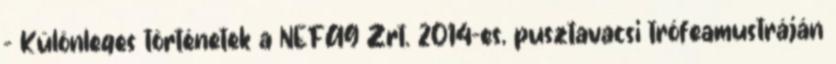
– Különleges történetek a NEFAG Zrt. 2014-es, pusztavacsi trófeamustráján